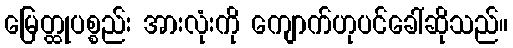
မြေတ္ထုပစ္စည်း အားလုံးကို ကျောက်ဟုပင်ခေါ်ဆိုသည်။